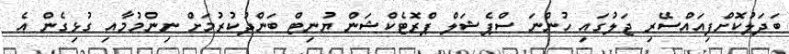
ބަދަލުކޮށްފިއައްސޭރި ޖަލުގައި ހުންނަ ސްޕެޝަލް ޕްރޮޓެކްޝަން ޔުނިޓް ބަންދުކުރުމަށް ނިންމުމާއި ގުޅިގެން އެ